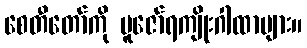
စေတီတော်ကို ပူဇော်ရကျိုးဂါထာများ။